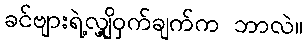
ခင်ဗျားရဲ့လျှို့ဝှက်ချက်က ဘာလဲ။